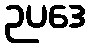
ဉပဒေ